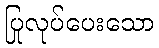
ပြုလုပ်ပေးသော